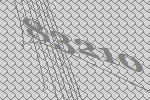
83210